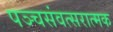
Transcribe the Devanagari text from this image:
पञ्चसंवत्सरात्मक